Problem: 32 + 18 = ?
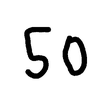
Handwritten answer: 50